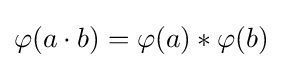
\varphi (a\cdot b)=\varphi (a)*\varphi (b)